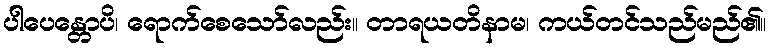
ပါပေန္တောပိ၊ ရောက်စေသော်လည်း။ တာရယတိနာမ၊ ကယ်တင်သည်မည်၏။